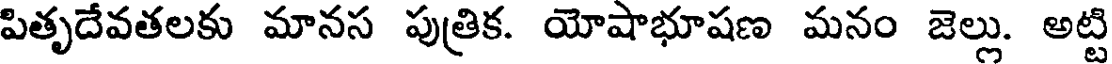
పితృదేవతలకు మానస పుత్రిక. యోషాభూషణ మనం జెల్లు. అట్టి